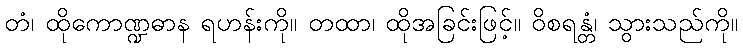
တံ၊ ထိုကောဏ္ဍဓာန ရဟန်းကို။ တထာ၊ ထိုအခြင်းဖြင့်။ ဝိစရန္တံ၊ သွားသည်ကို။